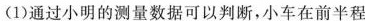
(1)通过小明的测量数据可以判断，小车在前半程